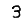
Digit: 3